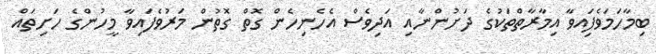
ބިމާހަމަވެފަިއވާ އިމާރާތްތަކުގެ ދަށުންނާއި އަދިވެސް އެހެނިހެން ގޮތް ގޮތުން މަރުވެފައިވާ މީހުންގެ ހަށިތައް